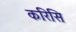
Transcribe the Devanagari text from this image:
करिसि